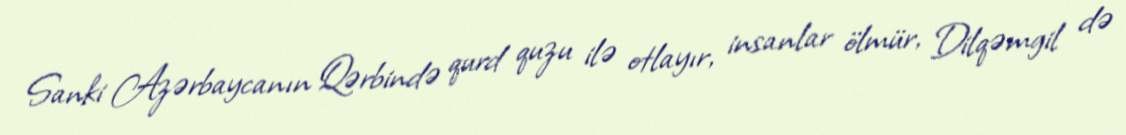
Sanki Azərbaycanın Qərbində qurd quzu ilə otlayır, insanlar ölmür, Dilqəmgil də